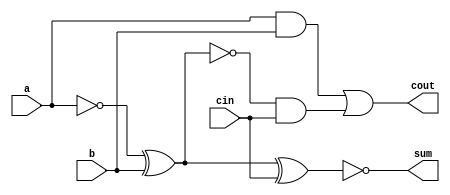
`timescale 1ns / 1ps

module Fulladd_halfsub(
    input a,b,cin,
    output sum,cout
    );
    //Data flow modelling
    assign sum = ! ((!a) ^ b ^ cin);
    assign cout = (a & b) | ((!(!a ^ b)) & cin);
    
    /* Gate level Modelling
    wire w1, w2, w3, w4, w5;
    
    not bf1(w4,A);
    not bf4(Sum,w5);
    
    Half_subractor hs1(w4,B,w1,w2);
    Half_subractor hs2(w1,C,w5,w3);
    
    or or1(Carry,w3,w2);  */
endmodule